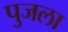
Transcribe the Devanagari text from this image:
पुजला